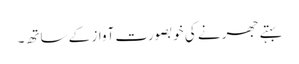
بہتے جھرنے کی خوبصورت آواز کے ساتھ۔